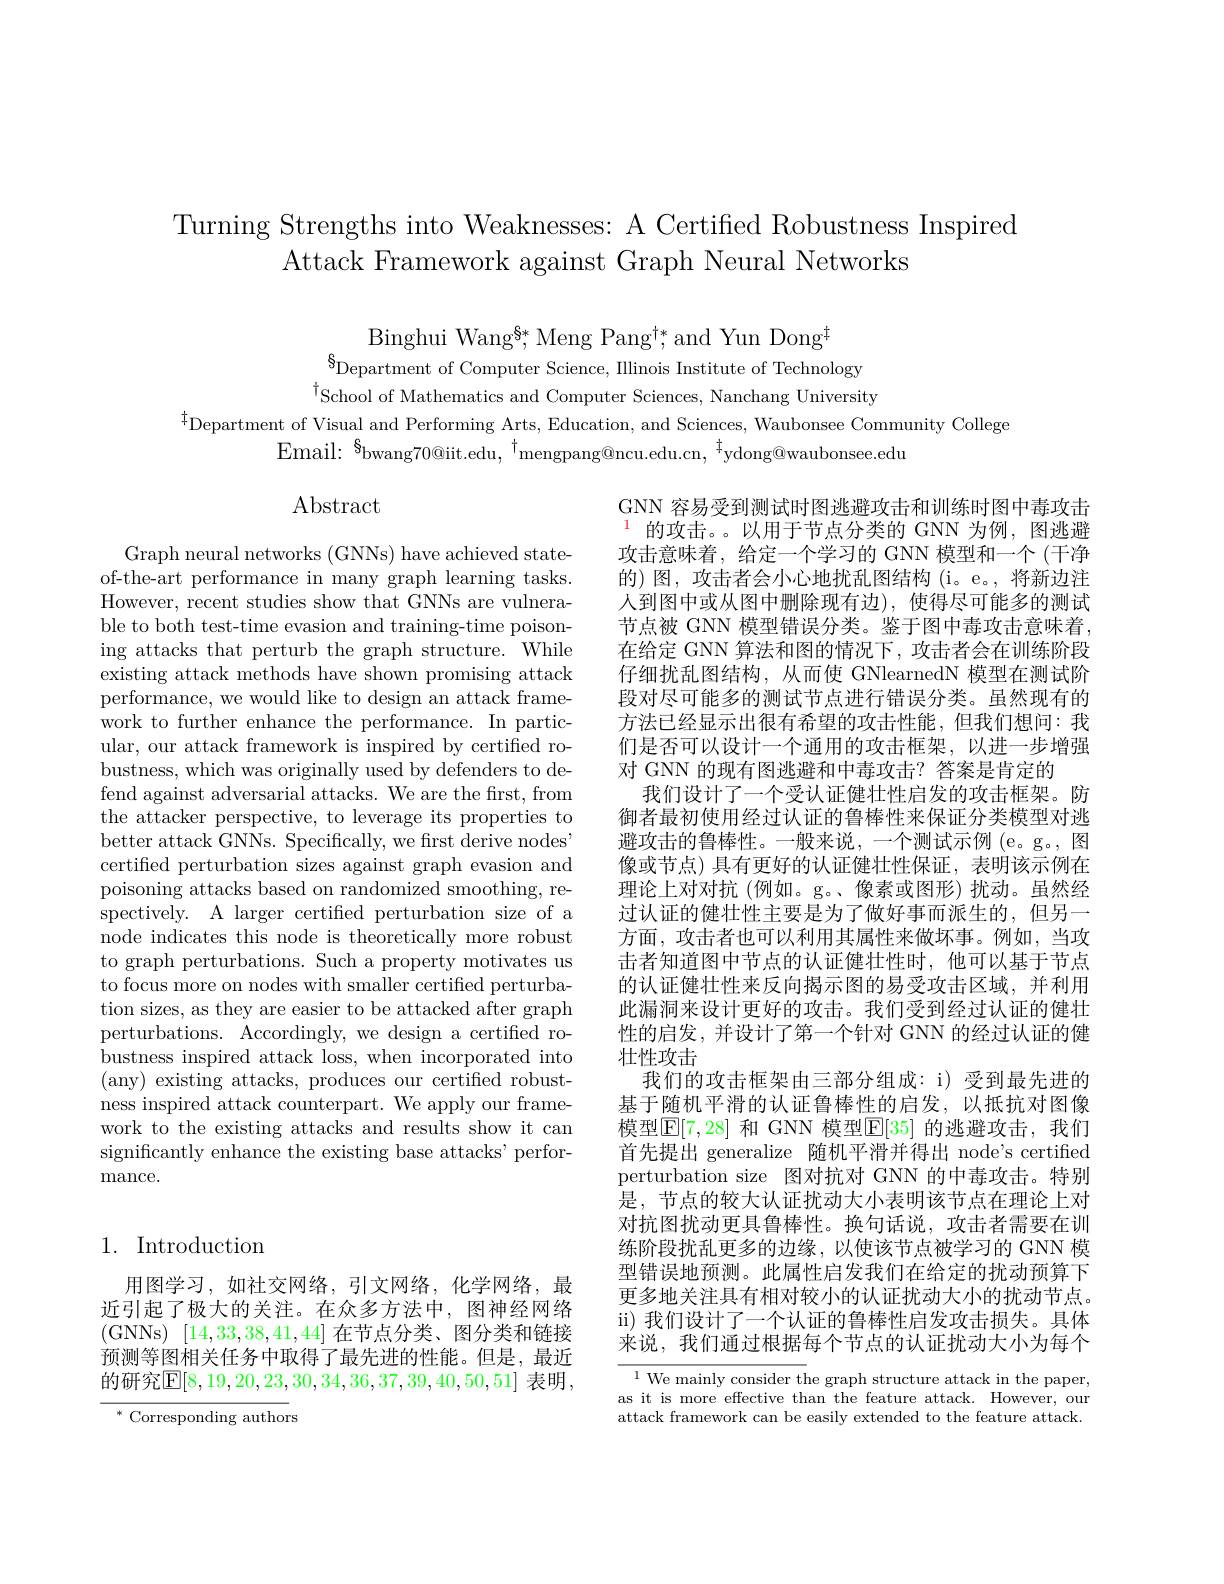
Turning Strengths into Weaknesses: A Certified Robustness Inspired
Attack Framework against Graph Neural Networks

Binghui Wang$^{\$*}$,Meng Pang$^\dagger*$,and Yun Dong$^{\#}$
$^{8}$Department of Computer Science, Illinois Institute of Technology

$^{\dagger}$School of Mathematics and Computer Sciences, Nanchang University
$^{\ddagger}$Department of Visual and Performing Arts, Education, and Sciences, Waubonsee Community College
Email: $^{8}$bwang70@iit.edu, $^{\dagger}$mengpang@ncu.edu.cn, $^{\dagger}$ydong@waubonsee.edu

$\operatorname{Abstract}$

Graph neural networks (GNNs) have achieved stateof-the-art performance in many graph learning tasks. However, recent studies show that GNNs are vulnerable to both test-time evasion and training-time poisoning attacks that perturb the graph structure. While existing attack methods have shown promising attack performance, we would like to design an attack framework to further enhance the performance. In particular, our attack framework is inspired by certified robustness, which was originally used by defenders to defend against adversarial attacks. We are the first, from the attacker perspective, to leverage its properties to better attack GNNs. Specifically, we first derive nodes" certified perturbation sizes against graph evasion and poisoning attacks based on randomized smoothing, respectively. A larger certified perturbation size of a node indicates this node is theoretically more robust to graph perturbations. Such a property motivates us to focus more on nodes with smaller certified perturbation sizes, as they are easier to be attacked after graph perturbations. Accordingly, we design a certified robustness inspired attack loss, when incorporated into (any) existing attacks, produces our certified robustness inspired attack counterpart. We apply our framework to the existing attacks and results show it can significantly enhance the existing base attacks' perfor- ${\mathrm{mance.}}$

GNN 容易受到测试时图逃避攻击和训练时图中毒攻击$^{1}$的攻击。以用于节点分类的 GNN 为例，图逃避攻击意味着，给定一个学习的 GNN 模型和一个 (干净的) 图，攻击者会小心地扰乱图结构 (i。e。, 将新边注人到图中或从图中删除现有边),使得尽可能多的测试节点被 GNN 模型错误分类。鉴于图中毒攻击意味着， 在给定 GNN 算法和图的情况下，攻击者会在训练阶段仔细扰乱图结构，从而使 GNlearnedN 模型在测试阶段对尽可能多的测试节点进行错误分类。虽然现有的方法已经显示出很有希望的攻击性能，但我们想问：我们是否可以设计一个通用的攻击框架，以进一步增强对 GNN 的现有图逃避和中毒攻击？答案是肯定的
我们设计了一个受认证健壮性启发的攻击框架。防御者最初使用经过认证的鲁棒性来保证分类模型对逃避攻击的鲁棒性。一般来说，一个测试示例 (e。g。, 图像或节点) 具有更好的认证健壮性保证，表明该示例在理论上对对抗(例如。g。、像素或图形)扰动。虽然经过认证的健壮性主要是为了做好事而派生的，但另一方面，攻击者也可以利用其属性来做坏事。例如，当攻击者知道图中节点的认证健壮性时，他可以基于节点的认证健壮性来反向揭示图的易受攻击区域，并利用此漏洞来设计更好的攻击。我们受到经过认证的健壮性的启发，并设计了第一个针对 GNN 的经过认证的健壮性攻击
我们的攻击框架由三部分组成：i) 受到最先进的基于随机平滑的认证鲁棒性的启发，以抵抗对图像模型$\mathbb{E}[7,28]$ 和 GNN 模型$\mathbb{E}[35]$ 的逃避攻击，我们首先提出 generalize 随机平滑并得出 node's certified perturbation size 图对抗对 GNN 的中毒攻击。特别是，节点的较大认证扰动大小表明该节点在理论上对对抗图扰动更具鲁棒性。换句话说，攻击者需要在训练阶段扰乱更多的边缘，以使该节点被学习的 GNN 模型错误地预测。此属性启发我们在给定的扰动预算下更多地关注具有相对较小的认证扰动大小的扰动节点。ii) 我们设计了一个认证的鲁棒性启发攻击损失。具体来说，我们通过根据每个节点的认证扰动大小为每个$^{1}$ We mainly consider the graph structure attack in the paper,

## 1. Introduction

用图学习，如社交网络，引文网络，化学网络，最近引起了极大的关注。在众多方法中，图神经网络(GNNs) [14,33,38,41,44]在节点分类、图分类和链接预测等图相关任务中取得了最先进的性能。但是，最近的研究$\boxed{\mathbb{E}}[8,19,20,23,30,34,36,37,39,40,50,51]$ 表明，

as it is more effective than the feature attack. However, our attack framework can be easily extended to the feature attack

$^{*}$ Corresponding authors